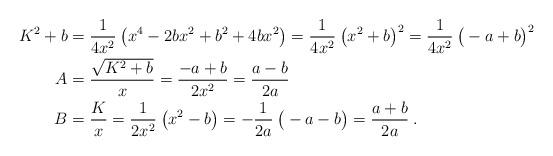
LaTeX: \begin{align*}K^2 +b &= \frac{1}{4 x^2} \:\big( x^4 -2bx^2 + b^2 + 4 b x^2 \big) = \frac{1}{4 x^2} \:\big( x^2 +b \big)^2 = \frac{1}{4 x^2} \:\big( -a +b \big)^2 \\A &= \frac{\sqrt{K^2+b}}{x} = \frac{-a+b}{2x^2} = \frac{a-b}{2a} \\B &= \frac{K}{x} = \frac{1}{2x^2} \:\big( x^2-b \big) = -\frac{1}{2a}\:\big( -a-b \big)= \frac{a+b}{2a} \:.\end{align*}